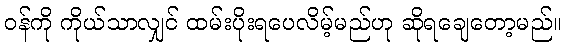
ဝန်ကို ကိုယ်သာလျှင် ထမ်းပိုးရပေလိမ့်မည်ဟု ဆိုရချေတော့မည်။